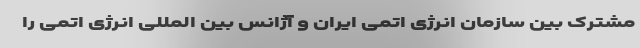
مشترک بین سازمان انرژی اتمی ایران و آژانس بین المللی انرژی اتمی را